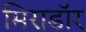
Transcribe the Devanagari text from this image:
मिराडॉर